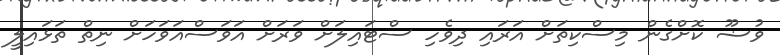
ވުޟޫ ކޮށްގެން މިސްކިތަށް އަރައި ދިވެހި ސްޓައިލަށް ވަރަށް އަވަސްއަވަހަށް ނިތް ތަޅައިލީ